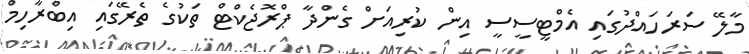
މާލޭ ސަރަހައްދުގައި އެމްޓީސީސީ އިން ކުރިއަށް ގެންދާ ޕްރޮޖެކްޓް ތަކުގެ ތެރޭގައި އިބްރާހިމް